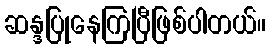
ဆန္ဒပြုနေကြပြီဖြစ်ပါတယ်။